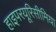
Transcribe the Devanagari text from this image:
हाइपरयूरिसीमिया